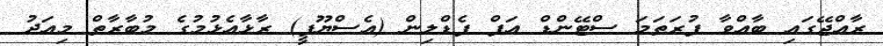
ރާއްޖޭގައި ބާއްވާ ފުރަތަމަ ސްޓޭންޑް އަޕް ޕެޑްލިން (އެސްޔޫޕީ) ރާޅާއެޅުމުގެ މުބާރާތް މިއަދު